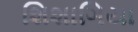
શિશાગિયા